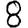
Digit: 8